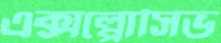
এক্সপ্লোসিভ